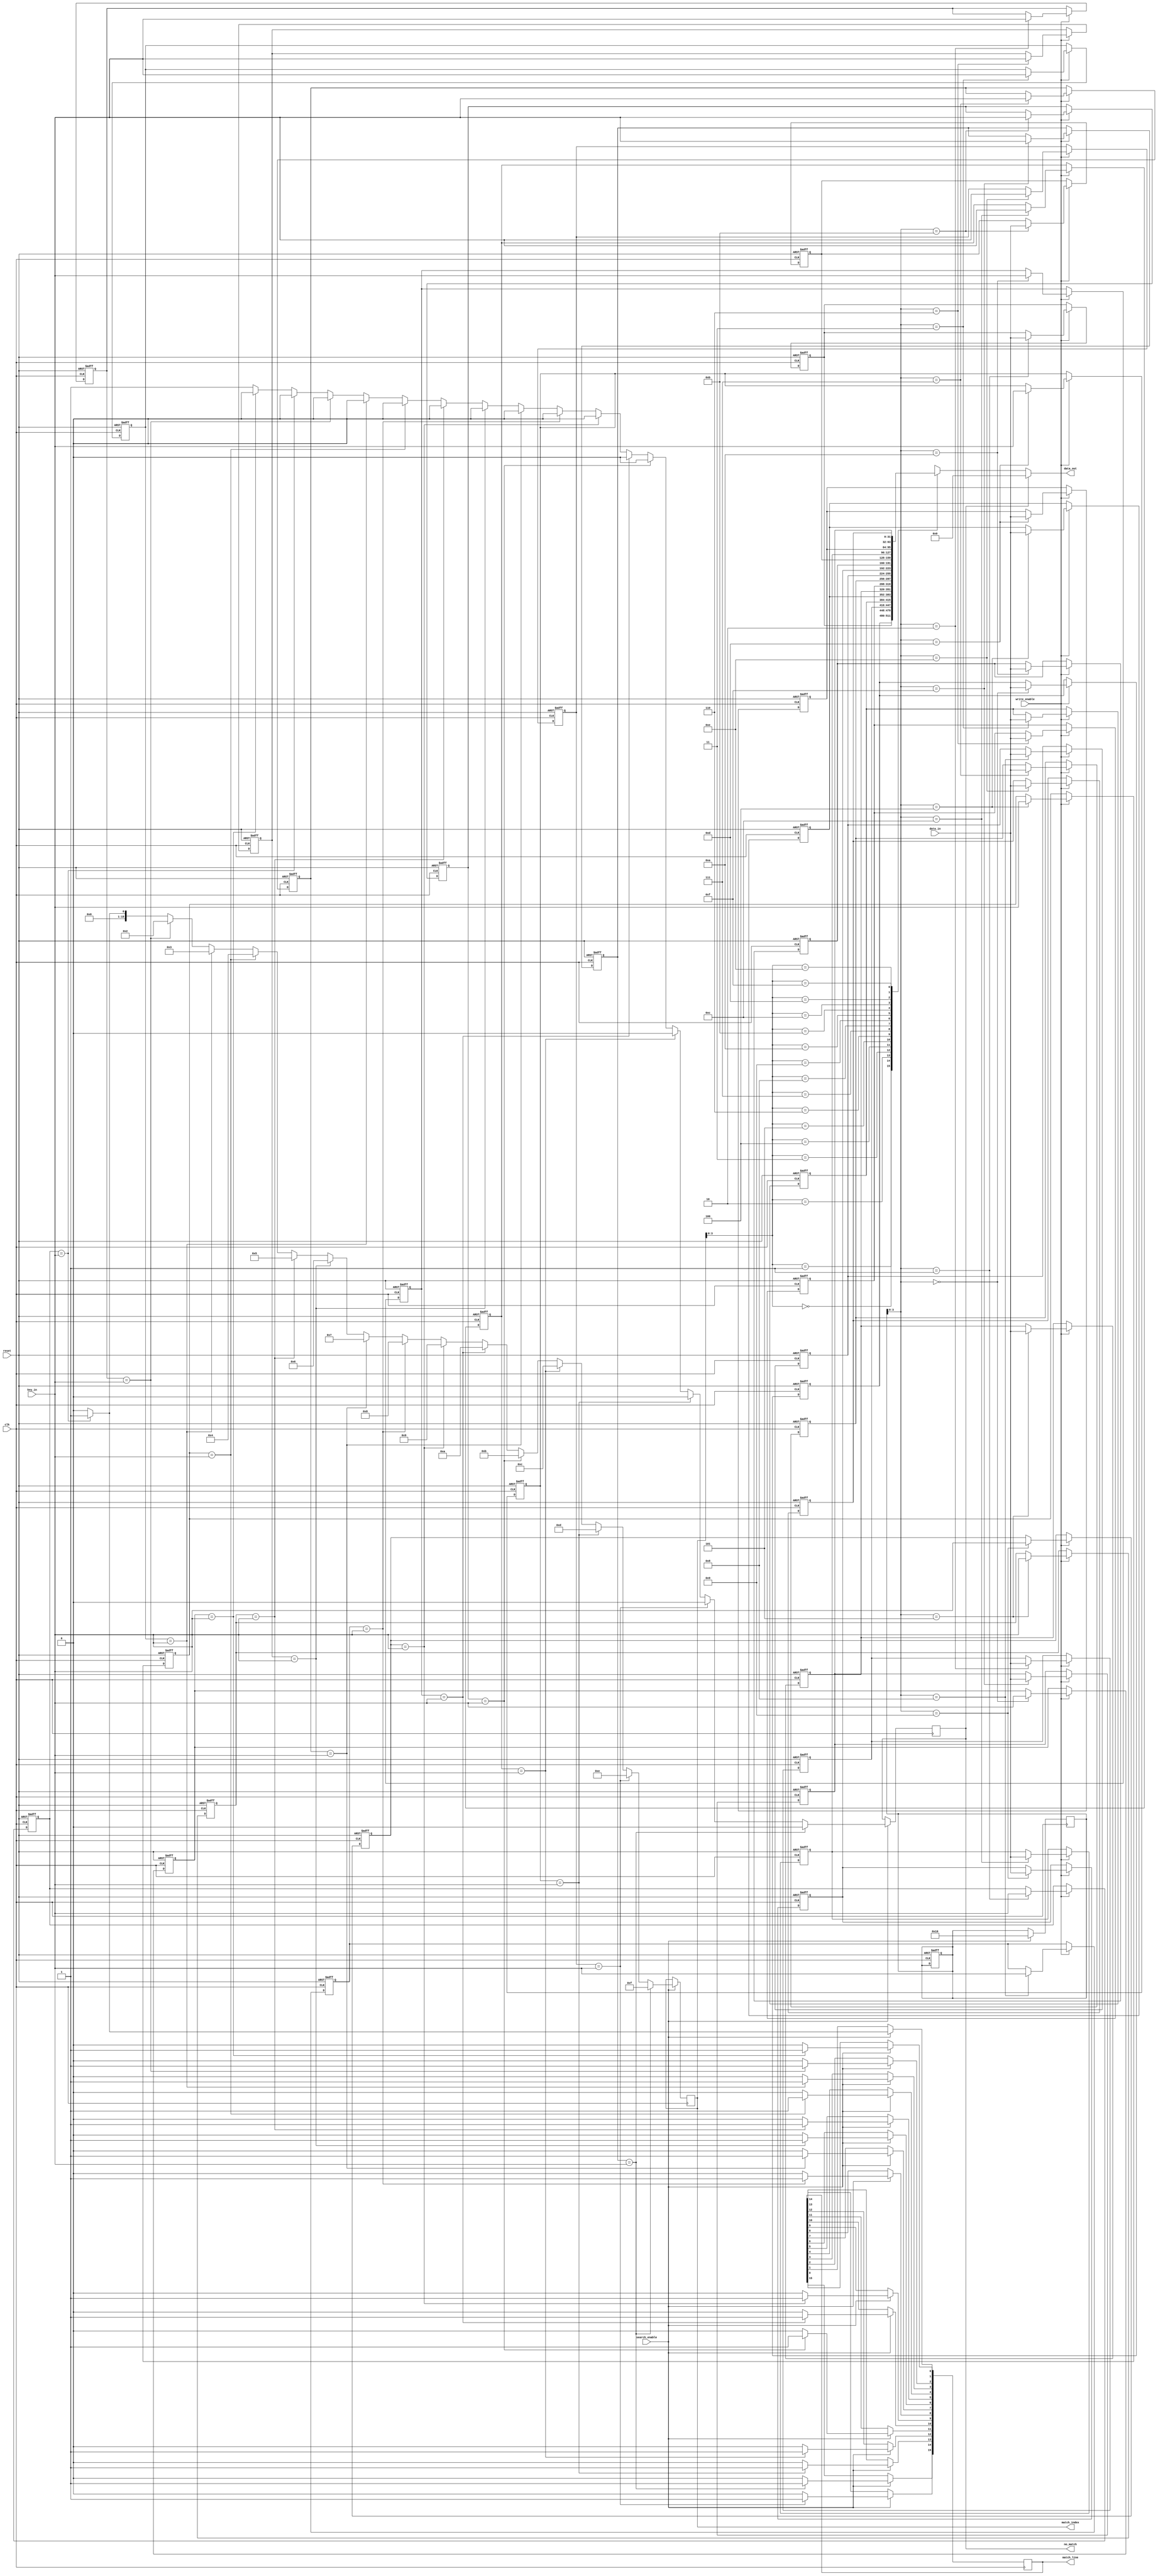
module hybrid_cam #(
    parameter DATA_WIDTH = 32,   // Width of data stored
    parameter KEY_WIDTH = 16,    // Width of the keys used for matching
    parameter NUM_ENTRIES = 16    // Number of entries in the memory array
)(
    input wire clk,                // Clock signal
    input wire reset,              // Asynchronous reset
    input wire [DATA_WIDTH-1:0] data_in,         // Data input for write
    input wire [KEY_WIDTH-1:0] key_in,           // Key input for write or search
    input wire write_enable,       // Write enable signal
    input wire search_enable,      // Search enable signal
    output wire [DATA_WIDTH-1:0] data_out,       // Data output on match
    output wire [NUM_ENTRIES-1:0] match_line,     // Match line output
    output reg [NUM_ENTRIES-1:0] match_index,     // Index of matched entry (priority encoder output)
    output reg no_match            // No match flag
);

// CAM memory cells array
reg [KEY_WIDTH-1:0] cam_keys [0:NUM_ENTRIES-1]; // CAM keys
reg [DATA_WIDTH-1:0] memory [0:NUM_ENTRIES-1]; // Memory array

// Initialize on reset
integer i;
always @(posedge reset or posedge clk) begin
    if (reset) begin
        for (i = 0; i < NUM_ENTRIES; i = i + 1) begin
            cam_keys[i] <= {KEY_WIDTH{1'b0}}; // Reset CAM keys
            memory[i] <= {DATA_WIDTH{1'b0}};   // Reset Memory
        end
    end else if (write_enable) begin
        // Write data and key to memory and CAM on write enable
        cam_keys[i] <= key_in;
        memory[i] <= data_in;
    end
end

// Search logic
always @(posedge clk) begin
    if (search_enable) begin
        no_match = 1'b1; // Assume no match initially
        match_index = {NUM_ENTRIES{1'b0}}; // Reset match index

        // Compare input key against all CAM keys
        for (i = 0; i < NUM_ENTRIES; i = i + 1) begin
            if (cam_keys[i] == key_in) begin
                match_line[i] = 1'b1; // Set match line for matched entry
                match_index = i; // Update match_index with the latest matched index
                no_match = 1'b0; // A match has been found
            end else begin
                match_line[i] = 1'b0; // Clear match line for unmatched entry
            end
        end
    end
end

// Data output on the match
assign data_out = no_match ? {DATA_WIDTH{1'b0}} : memory[match_index];

endmodule